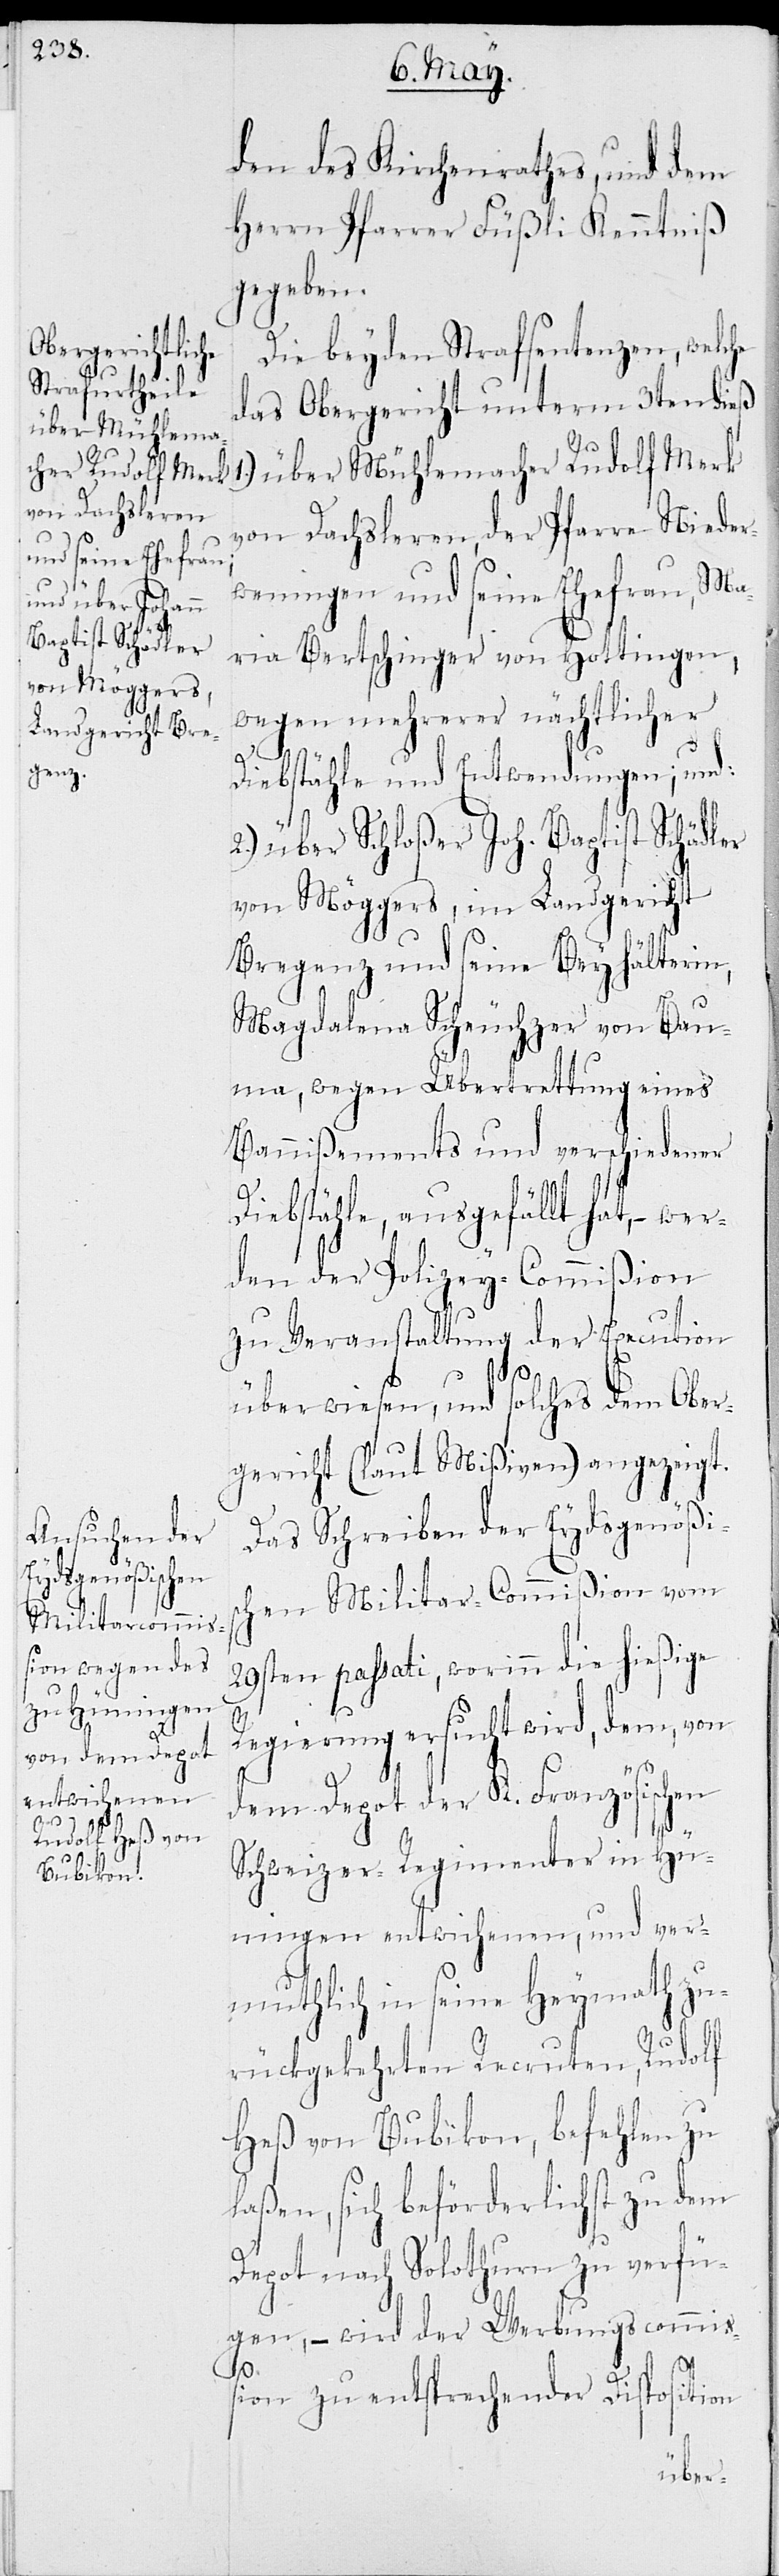
den des Kirchenrathes und dem
Herrn Pfarrer Füßli Kenntniß
gegeben.
Die beyden Strafsentenzen, welche
das Obergericht unterm 3ten dieß
über Mühlemacher Rudolf Mark
von Dachsleren, der Pfarre Nieder¬
wenigen und seine Ehefrau, Ma¬
ria Bertschinger von Hottingen,
wegen mehrerer nächtlicher
Diebstähle und Entwendungen; und:
2.) über Schloßer Joh. Baptist Schädler
von Möggers, im Landgericht
Bregenz und seine Beyhälterin,
Magdalena Scheuchzer von Bau¬
ma, wegen Übertrettung eines
Bannißements und verschiedener
Diebstähle, ausgefällt hat, – wur¬
den der Polizey-Commißion
zu Veranstaltung der Execution
überwiesen, und solches dem Ober¬
gericht (laut Mißiven) angezeigt.
Das Schreiben der Eydsgenößis¬
chen Militar-Commißion vom
29sten passati, worinn die hießige
1.)
Regierung ersucht wird, dem, von
dem Depot der K. Französischen
Schweizer-Regimenter in Hü¬
ningen entwichenen, und ver¬
muthlich in seine Heymath zu¬
rückgekehrten Recruten, Rudolf
Heß von Bubikon, befehlen zu
laßen, sich beförderlichst zu dem
Depot nach Solothurn zu verfü¬
gen, – wird der Werbungscommiß¬
ion zu entsprechender Disposition